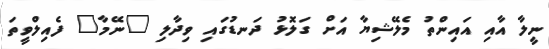
ނީލާ އާއި އައިންތު މެލޭޝިޔާ އަށް ގަލޮޅު ދަނޑުގައި ވިދާލި "ނޭމާ" ފެއިލްވީތަ